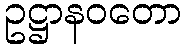
ဥဋ္ဌာနဝတော